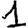
Digit: 1